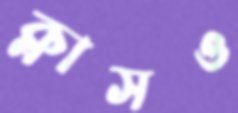
ক্লাসও